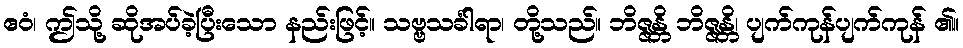
ဧဝံ၊ ဤသို့ ဆိုအပ်ခဲ့ပြီးသော နည်းဖြင့်။ သဗ္ဗသင်္ခါရာ၊ တို့သည်။ ဘိဇ္ဇန္တိ ဘိဇ္ဇန္တိ၊ ပျက်ကုန်ပျက်ကုန် ၏။